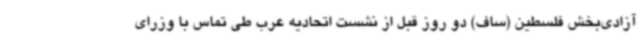
آزادی‌بخش فلسطین (ساف) دو روز قبل از نشست اتحادیه عرب طی تماس با وزرای